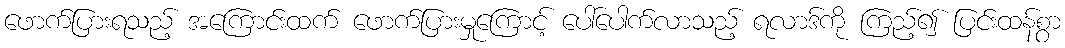
ဖောက်ပြားရသည့် အကြောင်းထက် ဖောက်ပြားမှုကြောင့် ပေါ်ပေါက်လာသည့် ရလာဒ်ကို ကြည့်၍ ပြင်းထန်စွာ